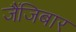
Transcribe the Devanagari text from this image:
जैंजिबार